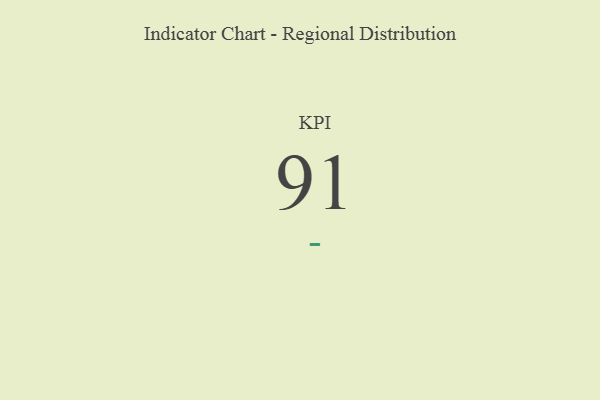
{"axis": {"x": "KPI", "y": "Value"}, "legend": [""], "data": [{"x": "KPI", "y": 91, "type": ""}]}